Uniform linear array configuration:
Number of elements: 24
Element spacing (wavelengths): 0.75
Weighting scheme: binomial
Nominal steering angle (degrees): -60
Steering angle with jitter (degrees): -58.614
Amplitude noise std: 0.05
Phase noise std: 0.05

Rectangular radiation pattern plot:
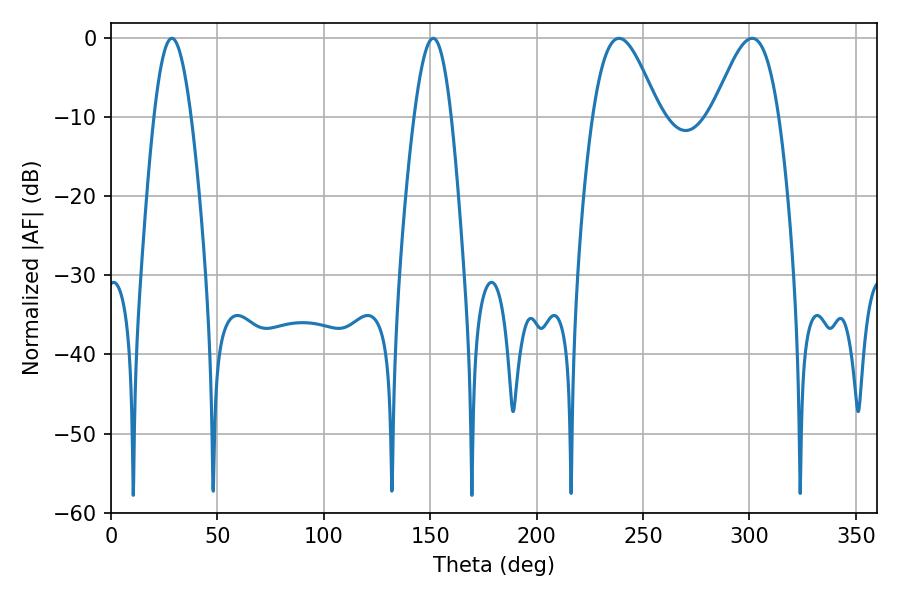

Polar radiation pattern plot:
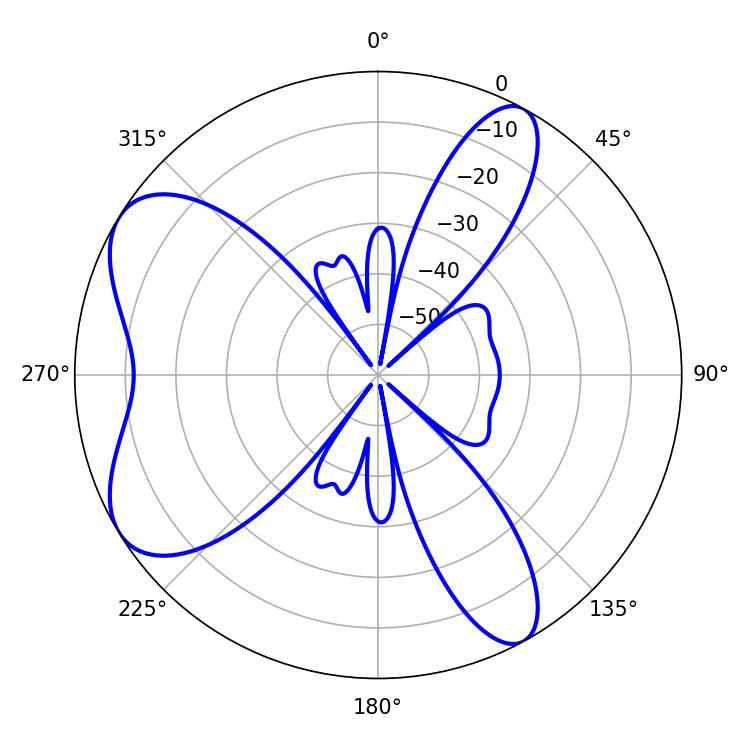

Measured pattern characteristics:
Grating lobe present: TRUE
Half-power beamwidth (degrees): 9.54
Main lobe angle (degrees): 28.62